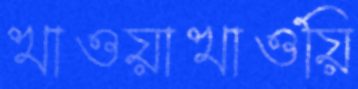
খাওয়াখাওয়ি